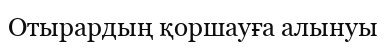
Отырардың қоршауға алынуы